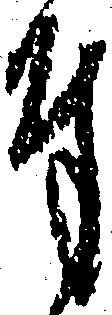
奉